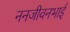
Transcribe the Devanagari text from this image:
ननजीवनभाई